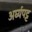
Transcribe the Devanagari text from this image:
अर्घ्यपट्ट